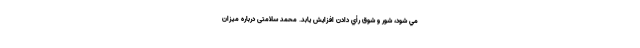
مي شود، شور و شوق رأي دادن افزايش يابد. محمد سلامتی درباره میزان